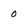
Character: 0